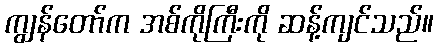
ကျွန်တော်က အစ်ကိုကြီးကို ဆန့်ကျင်သည်။